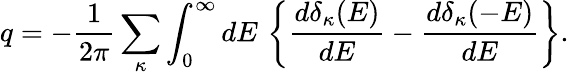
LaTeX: q=-{\frac{1}{2\pi}}\sum_{\kappa}\int_{0}^{\infty}dE\, \left\{ {\frac{d\delta_{\kappa}(E)}{dE}}-{\frac{d\delta_{\kappa}(-E)}{dE}}\right\} .